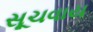
સૂચવાય